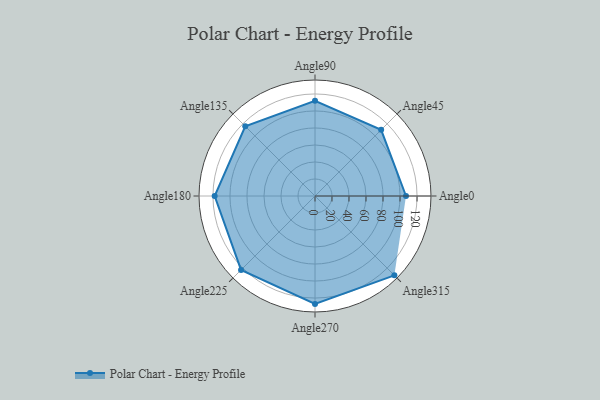
{"axis": {"x": "Angle", "y": "Radius"}, "legend": [""], "data": [{"x": "Angle0", "y": 107.0, "type": ""}, {"x": "Angle45", "y": 110.0, "type": ""}, {"x": "Angle90", "y": 112.0, "type": ""}, {"x": "Angle135", "y": 116.0, "type": ""}, {"x": "Angle180", "y": 118.0, "type": ""}, {"x": "Angle225", "y": 123.0, "type": ""}, {"x": "Angle270", "y": 127.0, "type": ""}, {"x": "Angle315", "y": 132.0, "type": ""}]}